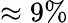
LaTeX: \approx 9\%